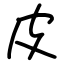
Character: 皮